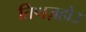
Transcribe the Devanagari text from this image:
तिणज़होउ